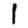
Digit: 1